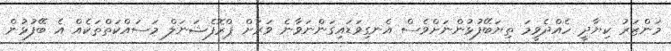
މަންޒަރު ކިޔާދީ ހެއްދެވީމަ ތިޔަބޭފުޅުންނަށްވެސް އެނގިވަޑައިގަންނަވާނެ ވަރަށް ޕްރޮފެޝަނަލް މަސައްކަތްތަކެއް އެ ބޭފުޅުން